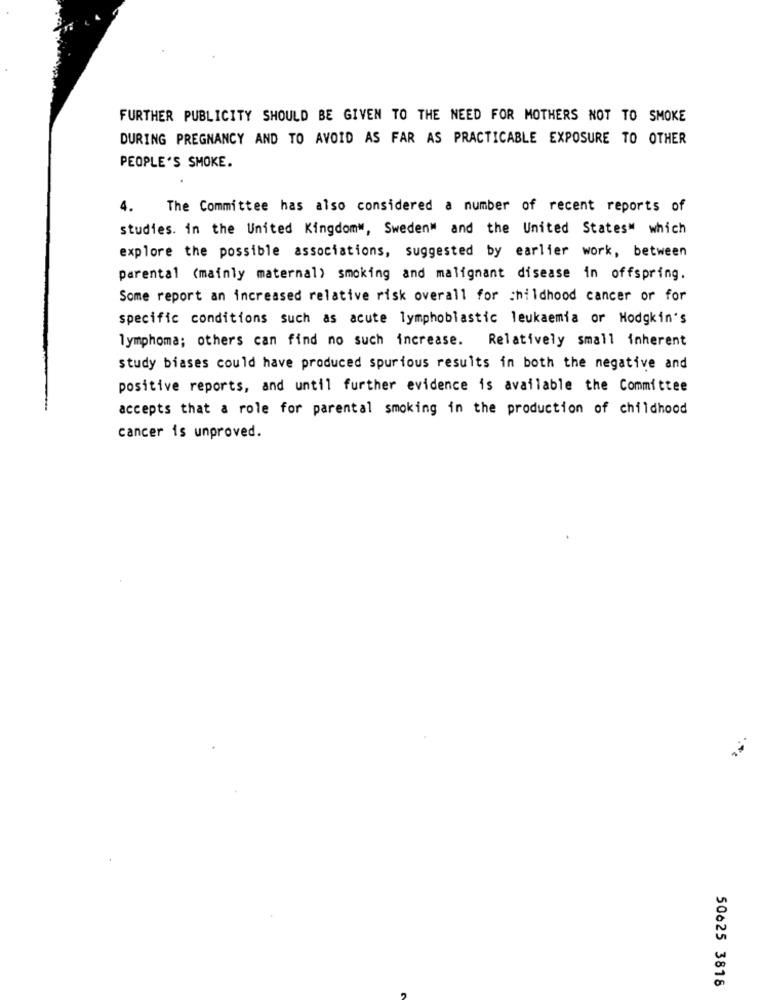
FURTHER PUBLICITY SHOULD BE GIVEN TO THE NEED FOR MOTHERS NOT TO SMOKE
DURING PREGNANCY AND TO AVOID AS FAR AS PRACTICABLE EXPOSURE TO OTHER
PEOPLE'S SMOKE.
4.
The Committee has also considered a number of recent reports of
studies. in the United Kingdom", Sweden" and the United States" which
explore the possible associations, suggested by earlier work, between
parental (mainly maternal) smoking and malignant disease in offspring.
Some report an increased relative risk overall for childhood cancer or for
specific conditions such as acute lymphoblastic leukaemia or Hodgkin's
lymphoma; others can find no such increase. Relatively small inherent
study biases could have produced spurious results in both the negative and
positive reports, and until further evidence is available the Committee
accepts that a role for parental smoking in the production of childhood
cancer is unproved.
50625 3818